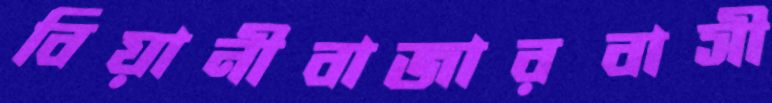
বিয়ানীবাজারবাসী